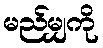
မည်မျှကို